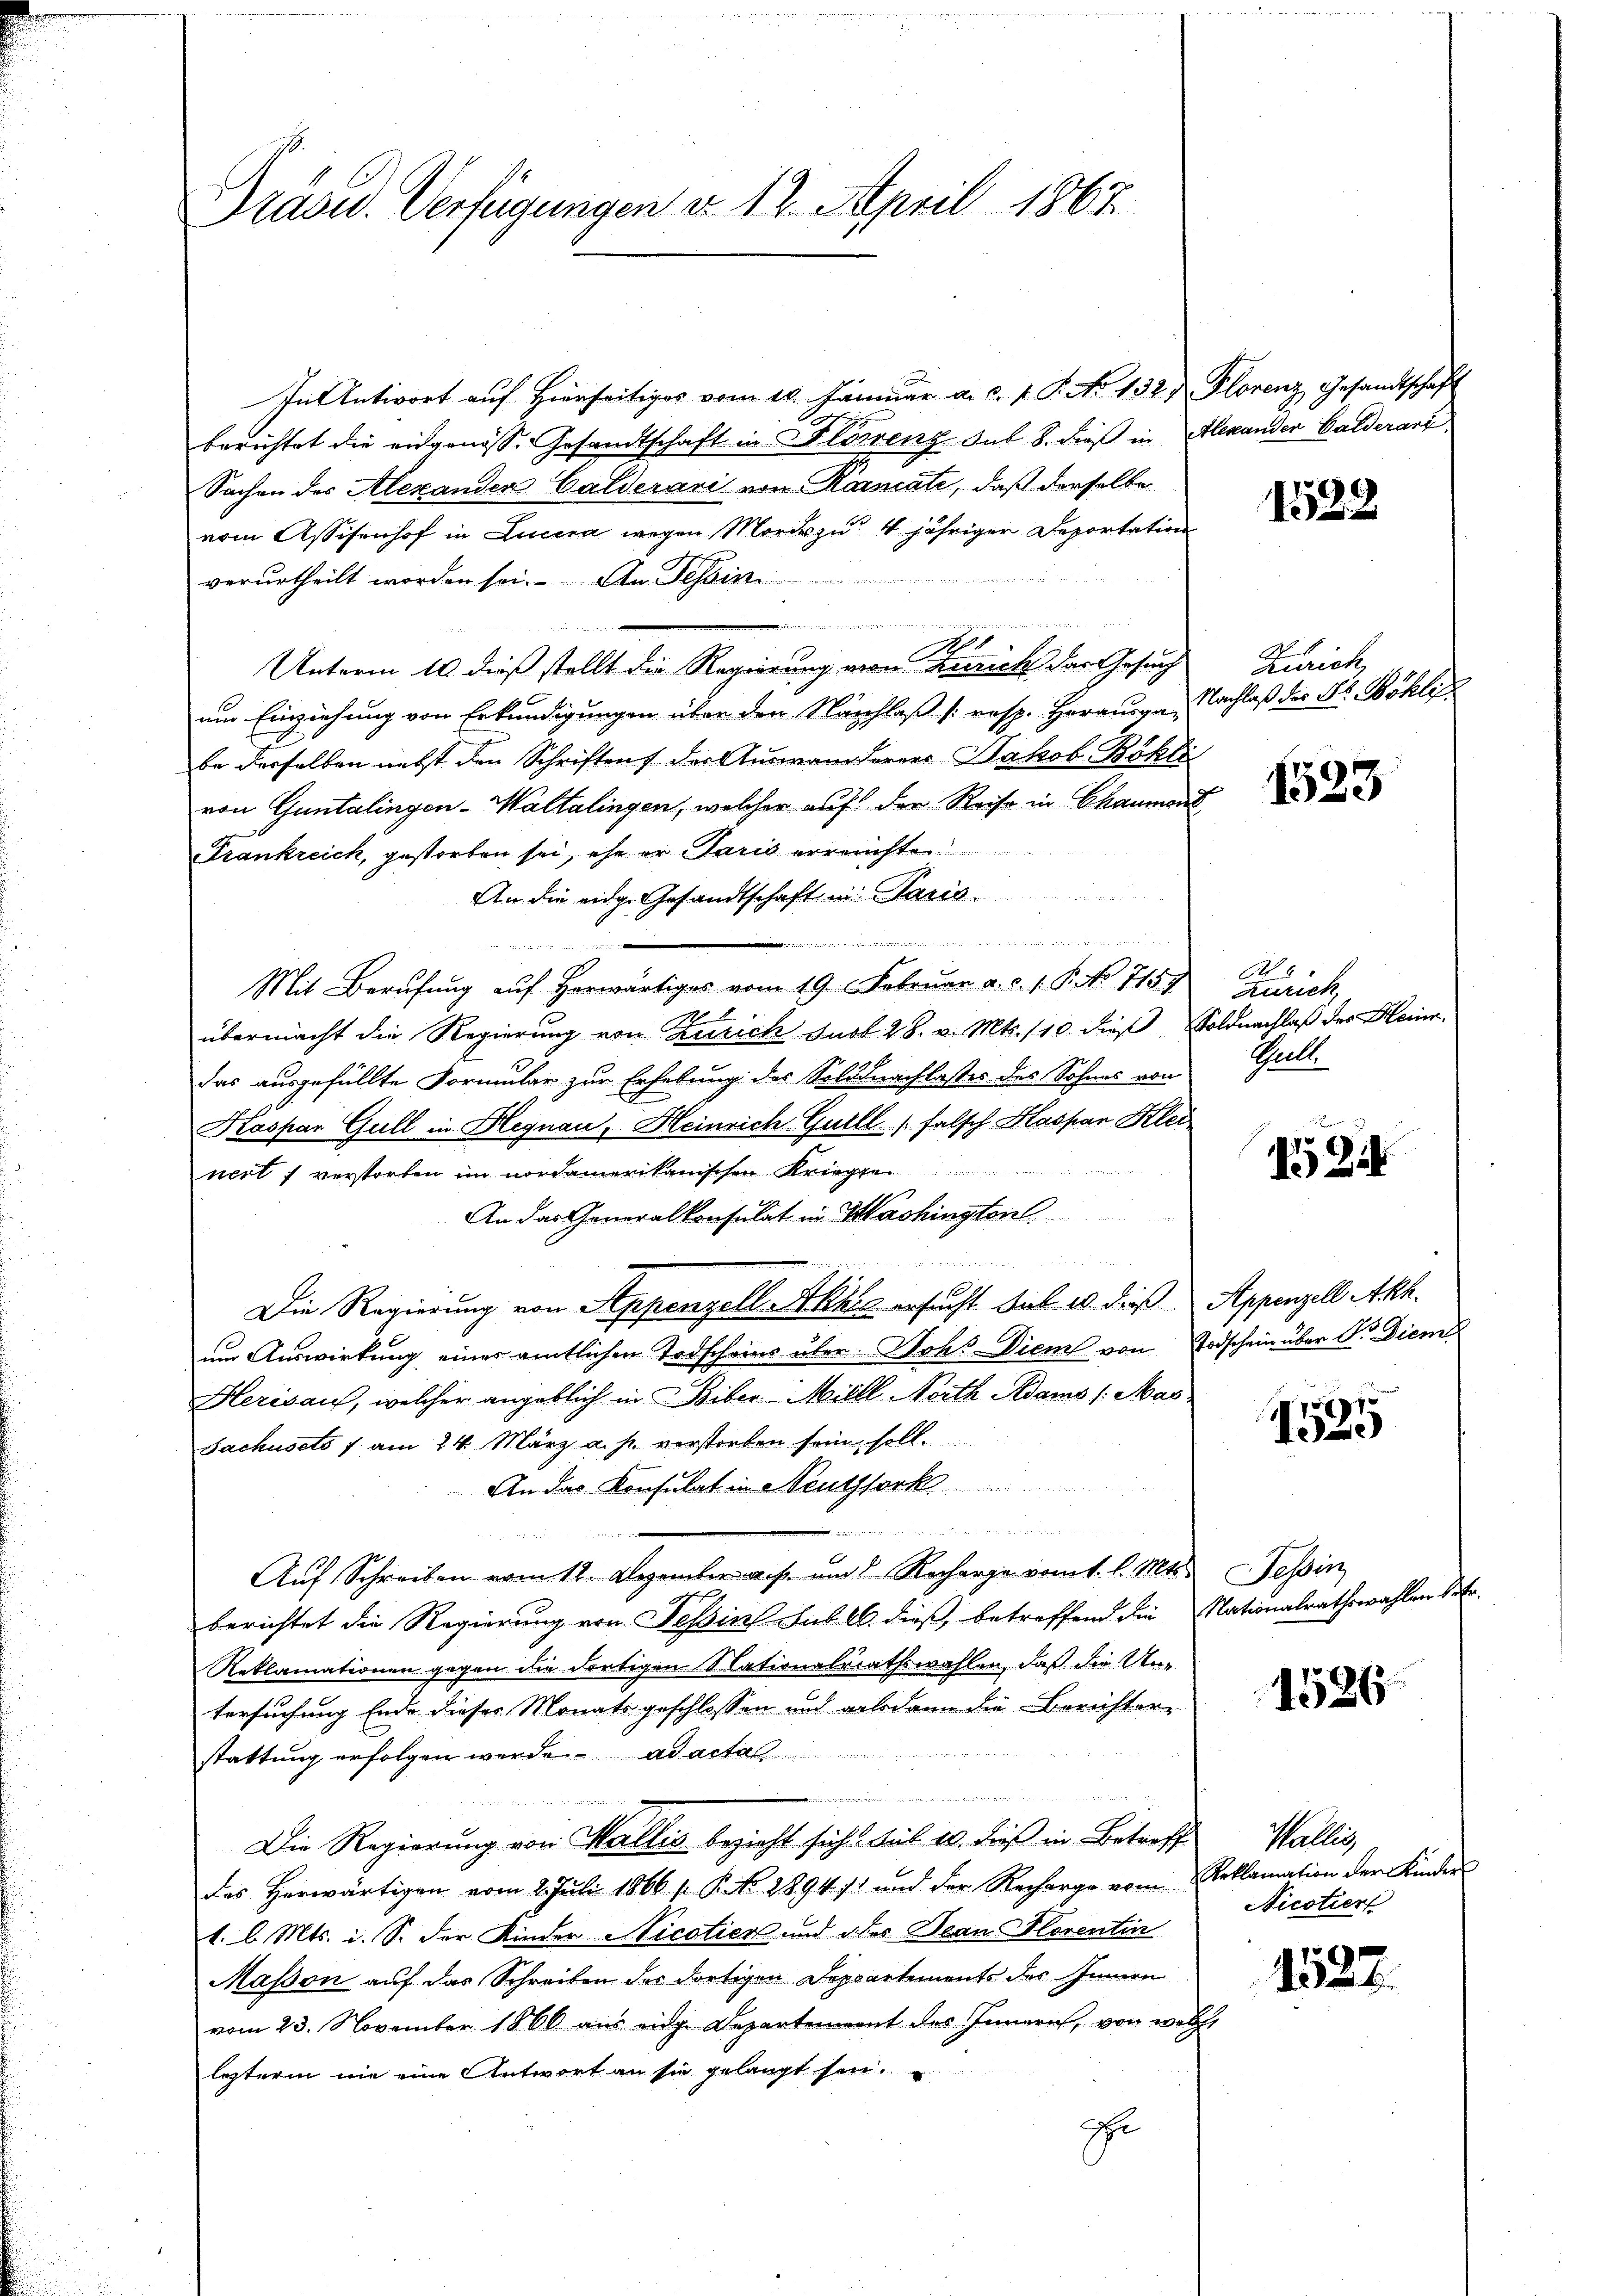
Präsid. Verfügungen d. 12. April 1867.

In Antwort auf Hierseitiges vom 10. Januar a. c. v. P. No 132) Florenz Gesandtschaft
berichtet die eidgenöss. Gesandtschaft in Florenz-Sub. 8. dieß in Alexander Gelderarz
Sachen des Alexanden Calderari von Karncate, daß derselbe
vom Assisenhof in Lucera wegen Mordes zu 4 jähriger Deportation
verurtheilt worden sei. An Tessin
ris eine
d
Unterm 10. dieß stellt die Regierung von Zürich das Gesuch
um Einziehung von Erkundigungen über den Nachlaß [resp. Herausga-
be derselben nebst den Schriften der Auswanderers Jakob Böhli
von Guntalingen-Waltalingen, welcher auf der Reise in Chaumont
Frankreich, gestorben sei, ihn er Paris erreichte
An die eidg. Gesandtschaft in Paris
 dann an den hat dem er
A
A
Mit Berufung auf herwärtiges vom 19. Februar a. c. s. P. No 7159
übermacht die Regierung von Zürich sub 28. v. Mts. 110. dieß, Soldnachlaß des Heinr
das ausgefüllte Formular zur Erhebung des Soldnachlasses des Sohnes von
Kaspar Gull in Hegnau, Heinrich Guill falsch Kaspar Klei
nert verstorben im nordamerikanischen Kriegse
An das Generalkonsulat in Machingten.

Die Regierung von Appenzell Akkes ersucht sub 20. dieß Appenzell Akk.
um Auswirkung eines amtlichen Todscheins über: Johs Diem von Todschein über Dr. Diem
Herisau, welcher angeblich in Biber Milll-North Adams /: Mas
Sachusets s. am 24. März a. p. verstorben sein soll.
An das Konsulat in Neuthserk

Auf Schreiben vom 12. Dezember als und Recharge vom 1. l. Mts. Tessin
berichtet die Regierung von Tessin sub A. dieß, betreffend die Nationalrathswahlen der
Reklamationen gegen die dortigen Nationalrathswahlen, daß die Un-
tersuchung Ende dieses Monatsgeschlossen und allodann die Berichtere
stattung erfolgen werde ad acta
 richter de
Die Regierung von Wallis bezieht sich bis 10. dieß in Betreff
das Herwärtigen vom 2. Juli 1866 f. P. Nr. 2894 f. und der Recharge vom Reklamation der Kinder
1. l. Mts. i. S. der Kinder Nicotier und dies Jean Florentin
Masson auf das Schreiben des dortigen Deppartements des Innern
vom 23. November 1860 aus einge Departement des Innern, von welche
lezterm nie eine Antwort an sie gelangt sei.
Er

1528

Zürich
Nachlaß der St. Böhli

1523

6
Zürich,
Guill

1 Zif

1535

1526

Hallen
Nicotier

1527.